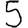
Digit: 5